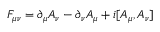
F _ { \mu \nu } = \partial _ { \mu } A _ { \nu } - \partial _ { \nu } A _ { \mu } + i [ A _ { \mu } , A _ { \nu } ]